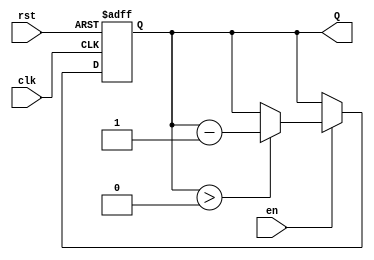
module down_counter #(
    parameter N = 8  // Parameter for the initial count value (can be changed as needed)
)(
    input wire clk,     // Clock input
    input wire en,      // Enable input
    input wire rst,     // Reset input
    output reg [N-1:0] Q // Current count value output
);

    // Initial value for the counter
    initial begin
        Q = N; // Set the initial count value to N
    end

    // Sequential logic for the down counter
    always @(posedge clk or posedge rst) begin
        if (rst) begin
            Q <= N; // Reset the counter to N
        end else if (en) begin
            if (Q > 0) begin
                Q <= Q - 1; // Decrement the counter if enabled and not zero
            end
            // If Q is 0, it stays at 0
        end
    end

endmodule